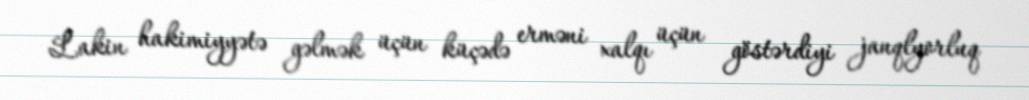
Lakin hakimiyyətə gəlmək üçün küçədə erməni xalqı üçün göstərdiyi janqlyorluq